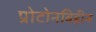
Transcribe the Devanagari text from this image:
प्रोटोनविहीन